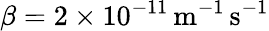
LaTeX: \beta=2\times 10^{-11}\, \mathrm{m^{-1}\, s^{-1}}